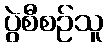
ပွဲစီစဉ်သူ